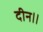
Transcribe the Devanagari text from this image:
दीन।।